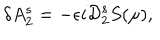
\delta A _ { 2 } ^ { s } = - \epsilon i { \cal D } _ { 2 } ^ { s } S ( \mu ) ,